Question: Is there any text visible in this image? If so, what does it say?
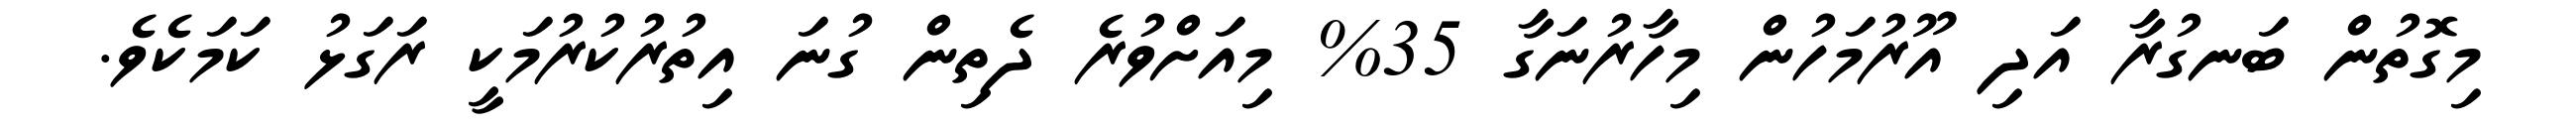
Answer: މިގޮތުން ބަނގުރާ އަދި އޫރުމަހުން މިހާރުނަގާ 35% މިއަށްވުރެ ދެތިން ގުނަ އިތުރުކުރުމަކީ ރަގަޅު ކަމަކެވެ.